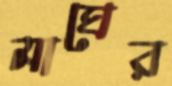
মাঘের